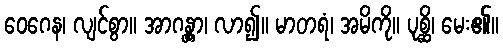
ဝေဂေန၊ လျင်စွာ။ အာဂန္တွာ၊ လာ၍။ မာတရံ၊ အမိကို။ ပုစ္ဆိ၊ မေး၏။